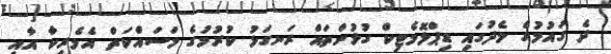
ދެ ގައުމުގެ މެދުގައި ޑިޕްލޮމެޓިކް ގުޅުންތައް ރަނގަޅު ކުރުމުގެ މަސައްކަތް އެމެރިކާ އާއި